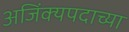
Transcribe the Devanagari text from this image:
अजिंक्यपदाच्या